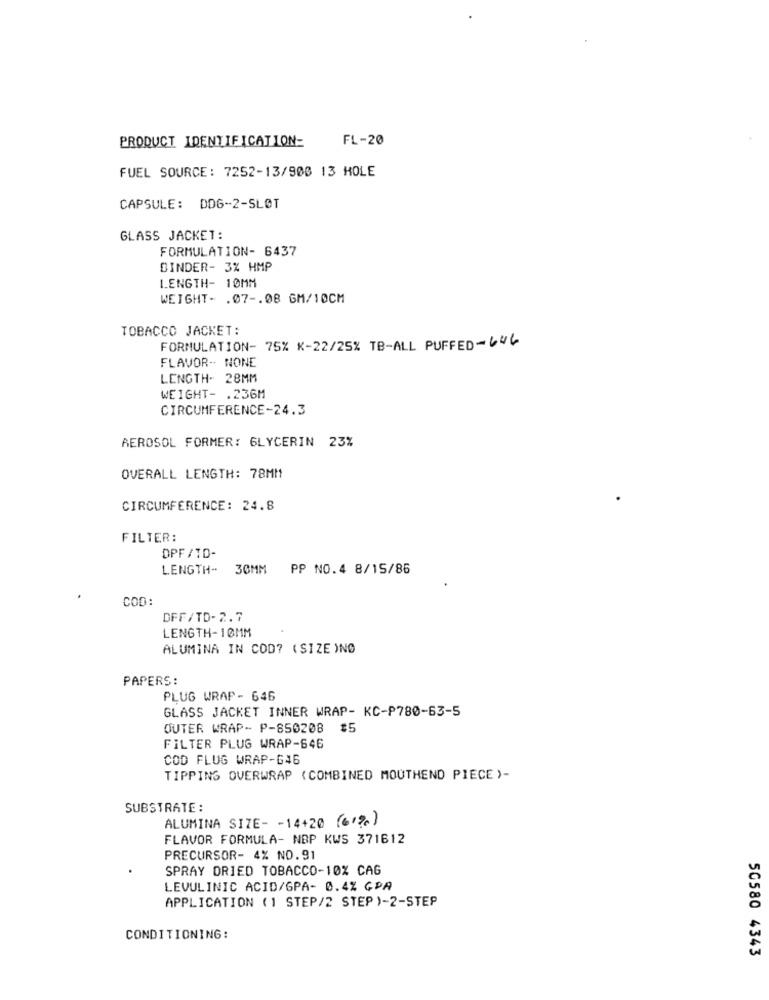
PRODUCT IDENTIFICATION=
FL-20
FUEL SOURCE: 7252-13/900 13 HOLE
CAPSULE: DD6-2-SLØT
GLASS JACKET:
FORMULATION- 6437
BINDER- 3% HMP
LENGTH- 10MM
WEIGHT- . 07 -. 08 GM/10CM
TOBACCO JACKET:
FORMULATION- 75% K-22/25% TB-ALL PUFFED- 646
FLAVOR -- NONE
LENGTH- 28MM
WEIGHT- . 236M
CIRCUMFERENCE-24.3
AEROSOL FORMER: GLYCERIN 23%
OVERALL LENGTH: 78MM
CIRCUMFERENCE: 24.8
FILTER:
DPF /TD-
LENGTH- 30MM
PP NO.4 8/15/86
COD:
DFF/TD-2.7
LENGTH- 10MM
ALUMINA IN COD? (SIZE )NO
PAPERS:
PLUG WRAP - 646
GLASS JACKET INNER WRAP- KC-P780-63-5
OUTER WRAP- P-850208
#5
FILTER PLUG WRAP-646
COD FLUG WRAP-G46
TIPPING OVERWRAP (COMBINED MOUTHEND PIECE )-
SUBSTRATE :
ALUMINA SIZE- - 14+20 (61%)
FLAVOR FORMULA- NBP KWS 371612
PRECURSOR- 4% NO.91
SPRAY DRIED TOBACCO-10% CAG
LEVULINIC ACID/GPA- 0.4% GPA
APPLICATION (1 STEP/2 STEP )-2-STEP
CONDITIONING:
50580 4343